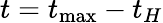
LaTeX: t=t_{\operatorname*{max}}-t_{H}